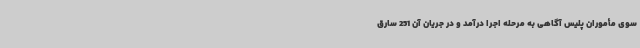
سوی مأموران پلیس آگاهی به مرحله اجرا درآمد و در جریان آن 251 سارق